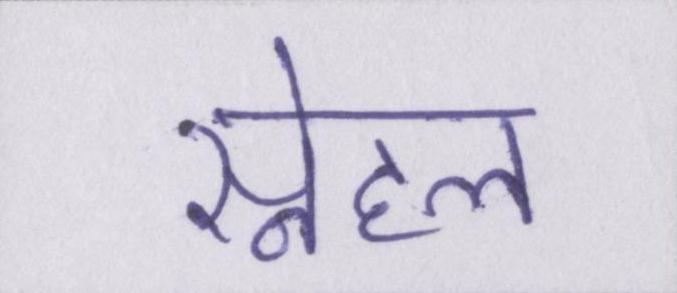
स्नेहल